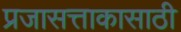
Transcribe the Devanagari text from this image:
प्रजासत्ताकासाठी